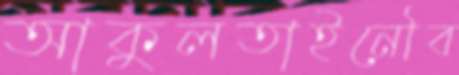
আকুলতাইনৌব